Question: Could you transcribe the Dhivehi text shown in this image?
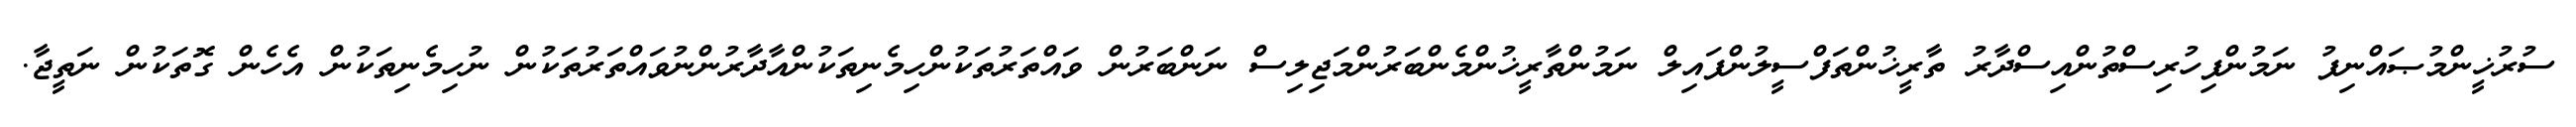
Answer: ސުރުޚީންމުޞައްނިފު ނަމުންފިހުރިސްތުންއިސްދާރު ތާރީޚުންތަފްސީލުންފައިލް ނަމުންތާރީޚުންމެންބަރުންމަޖިލިސް ނަންބަރުން ވައްތަރުތަކުންހިމެނިތަކުންއާދާރުންނުވައްތަރުތަކުން ނުހިމެނިތަކުން އެހެން ގޮތަކުން ނަތީޖާ.